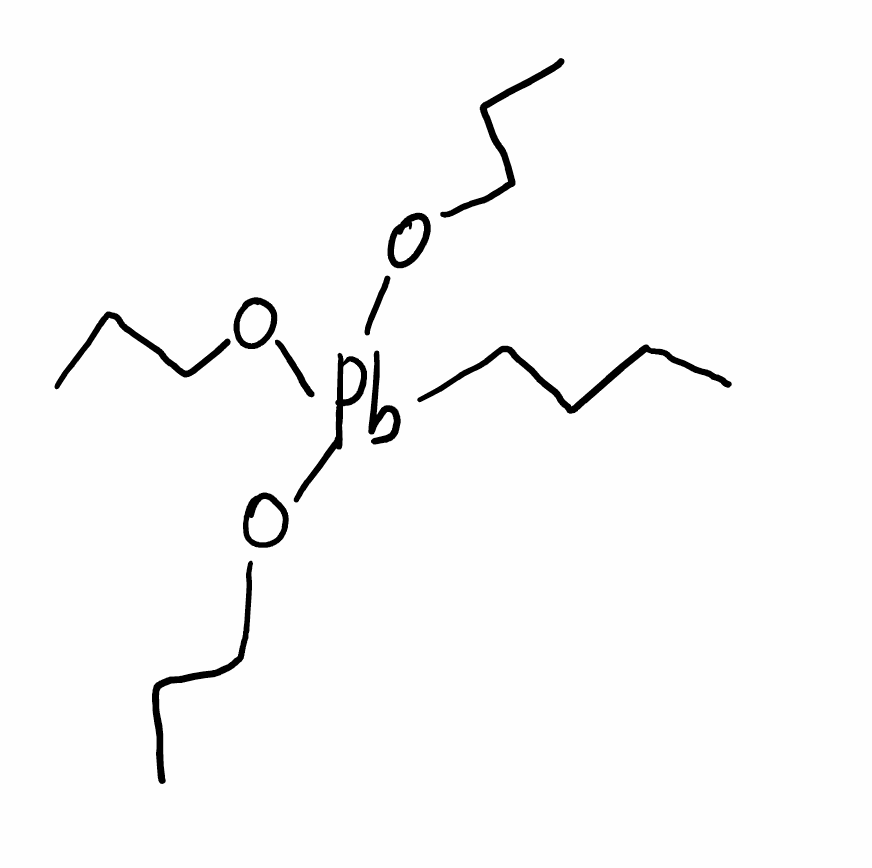
Simplified molecular-input line-entry system (SMILES) notation of the given molecule:
CCCC[Pb](OCCC)(OCCC)OCCC